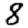
Digit: 8